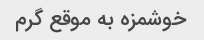
خوشمزه به موقع گرم